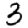
Digit: 3